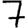
Digit: 7